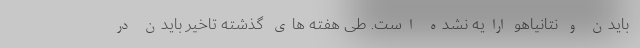
بایدن و نتانیاهو ارایه نشده است. طی هفته های گذشته تاخیر بایدن در